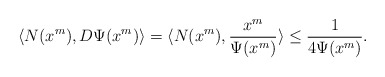
\begin{align*}\langle N(x^m), D\Psi(x^m) \rangle=\langle N(x^m), \frac{x^m}{\Psi(x^m)} \rangle\le \frac1{4\Psi(x^m)}.\end{align*}